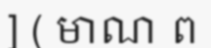
] ( មាណ ព